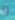
و